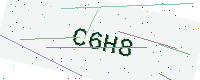
Text: C6H8